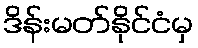
ဒိန်းမတ်နိုင်ငံမှ